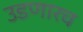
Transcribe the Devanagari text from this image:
उडणारच